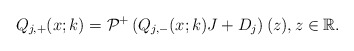
\begin{align*}Q_{j,+}(x;k)=\mathcal{P}^{+}\left(Q_{j,-}(x;k)J +D_j \right)(z), z \in \mathbb{R}.\end{align*}